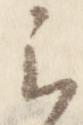
云